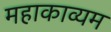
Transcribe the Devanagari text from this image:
महाकाव्यम